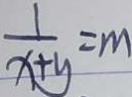
\frac { 1 } { x + y } = m